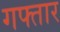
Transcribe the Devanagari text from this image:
गफ्तार